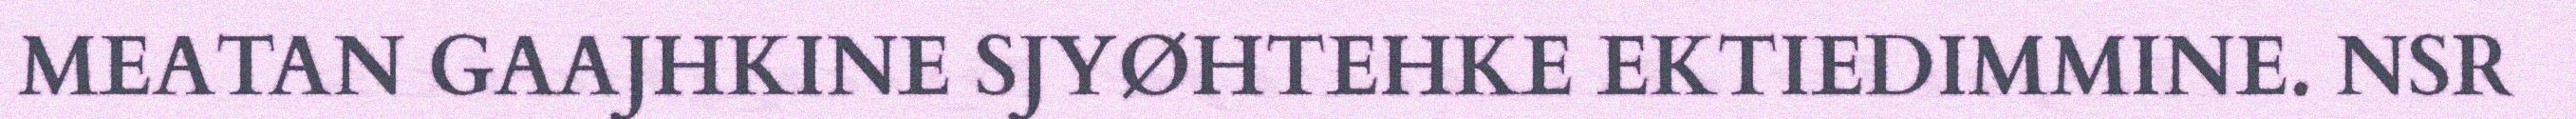
MEATAN GAAJHKINE SJYØHTEHKE EKTIEDIMMINE. NSR